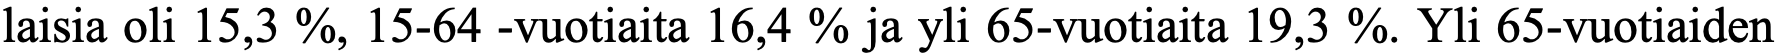
laisia oli 15,3 %, 15-64 -vuotiaita 16,4 % ja yli 65-vuotiaita 19,3 %. Yli 65-vuotiaiden